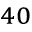
^ { 4 0 }